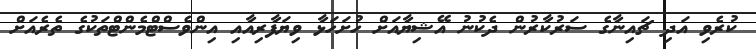
ކުރެވި އަދި ޗައިނާގެ ސަރުކާރުން ދެކުނު އޭޝިޔާއަށް ހުށަހަޅާ ވިޔަފާރިއާއި އިންވެސްޓްމެންޓްތަކުގެ ތެރެއަށް